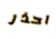
احذر